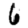
Digit: 6